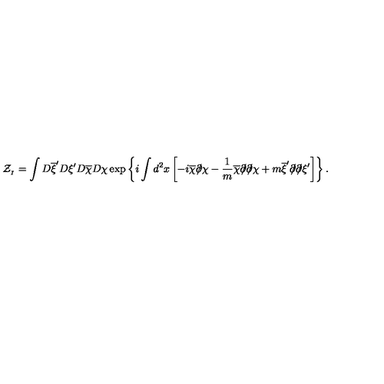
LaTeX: { \cal Z } _ { _ I } = \int D \overline { { \xi } } ^ { \prime } D \xi ^ { \prime } D \overline { { \chi } } D \chi \exp \left\{ i \int d ^ { 2 } x \left[ - i \overline { { \chi } } \partial \! \! \! / \chi - \frac { 1 } { m } \overline { { \chi } } \partial \! \! \! / \partial \! \! \! / \chi + m \overline { { \xi } } ^ { \prime } \partial \! \! \! / \partial \! \! \! / \xi ^ { \prime } \right] \right\} .